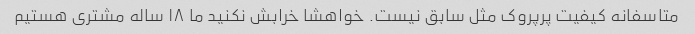
متاسفانه کیفیت پرپروک مثل سابق نیست. خواهشا خرابش نکنید ما ۱۸ ساله مشتری هستیم